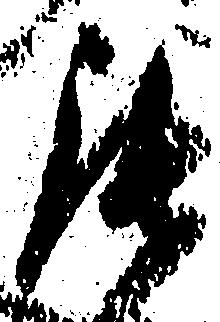
罷